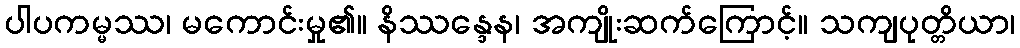
ပါပကမ္မဿ၊ မကောင်းမှု၏။ နိဿန္ဒေန၊ အကျိုးဆက်ကြောင့်။ သကျပုတ္တိယာ၊